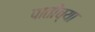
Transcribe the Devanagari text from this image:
पातींच्या